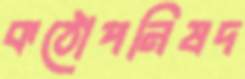
কঠোপনিষদ